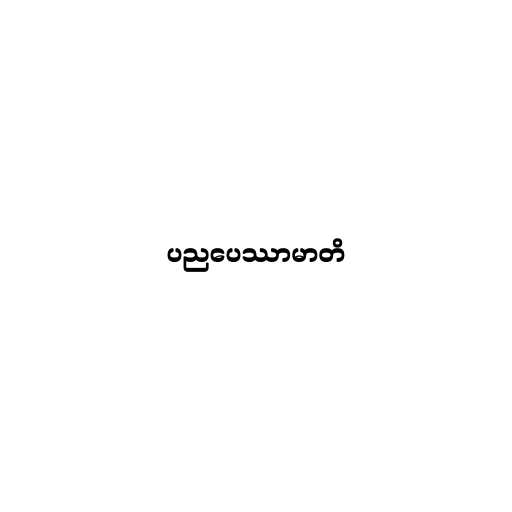
ပညပေဿာမာတိ